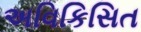
અવિકિસિત